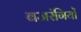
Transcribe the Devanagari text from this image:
बजरंगियों